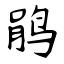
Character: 鹃